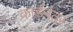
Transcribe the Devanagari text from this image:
कार्डनंतर